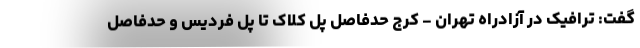
گفت: ترافیک در آزادراه تهران - کرج حدفاصل پل کلاک تا پل فردیس و حدفاصل